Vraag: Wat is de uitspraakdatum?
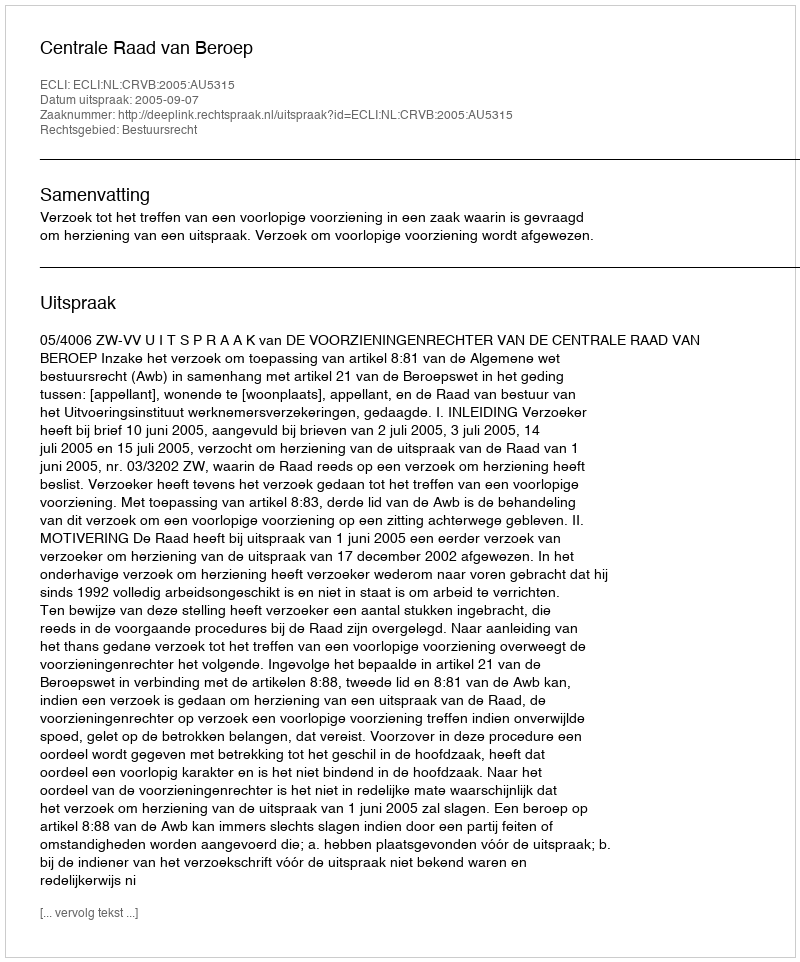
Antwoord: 2005-09-07